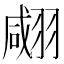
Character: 𦑘